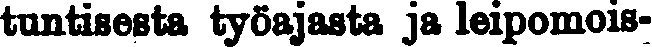
tuntuisesta työajasta ja leipomois-